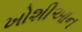
ખોશીઆન